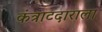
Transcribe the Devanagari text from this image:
कंत्राटदाराला